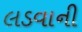
લડવાની